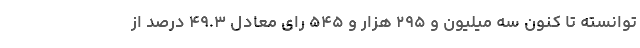
توانسته تا کنون سه میلیون و ۲۹۵ هزار و ۵۴۵ رای معادل ۴۹.۳ درصد از